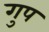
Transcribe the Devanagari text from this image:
गुप